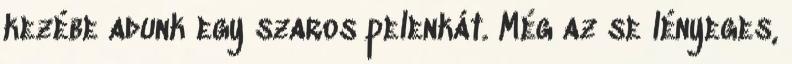
kezébe adunk egy szaros pelenkát. Még az se lényeges,